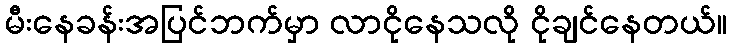
မီးနေခန်းအပြင်ဘက်မှာ လာငိုနေသလို ငိုချင်နေတယ်။